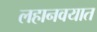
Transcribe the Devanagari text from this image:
लहानवयात